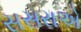
સસરાએ